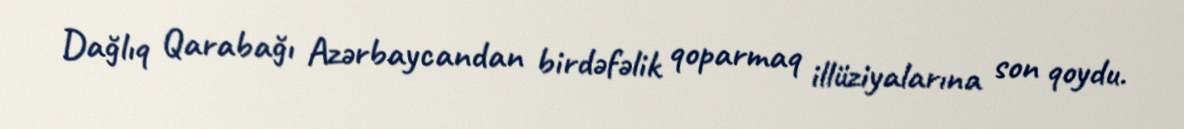
Dağlıq Qarabağı Azərbaycandan birdəfəlik qoparmaq illüziyalarına son qoydu.